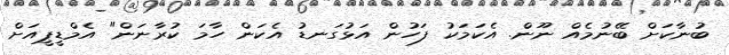
ބުނާކަށް ބޭނުމެއް ނޫން. އެކަމަކު ފަހުން އަޅުގަނޑު އެކަން ހާމަ ކުރާނަން" އެމްޑީޕީއަށް